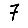
Digit: 7